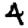
Digit: 4